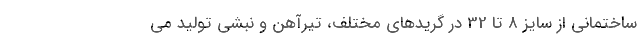
ساختمانی از سايز 8 تا 32 در گريدهاي مختلف، تيرآهن و نبشي توليد مي